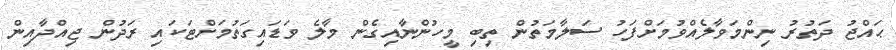
ޙައްޖު ދަތުރު ނިންމަވާލެއްވުމަށްފަހު ސަލާމަތުން ތިބި މީހުންނާއިގެން މާލެ ވަޑައިގަތުމަށްޓަކައި ރަދުން ޖިއްދާއިން